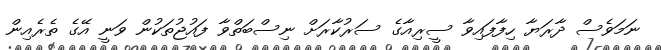
ނަމަވެސް ދާރަޔާ ހިފާފައިވާ ސީރިއާގެ ސަރުކާރަށް ނިސްބަތްވާ ފައުޖުތަކުން ވަނީ އޭގެ ތެރެއިން